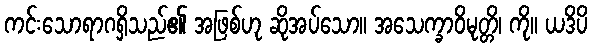
ကင်းသောရာဂရှိသည်၏ အဖြစ်ဟု ဆိုအပ်သော။ အသေက္ခာဝိမုတ္တိ၊ ကို။ ယဒိပိ